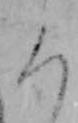
ろ